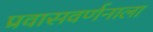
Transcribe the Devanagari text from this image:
प्रवासवर्णनाला